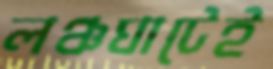
লঞ্চঘাটেই